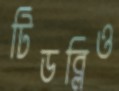
টিডব্লিও